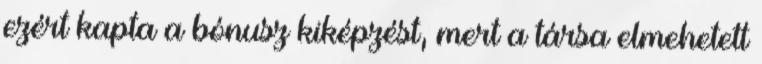
ezért kapta a bónusz kiképzést, mert a társa elmehetett